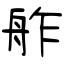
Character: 舴